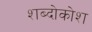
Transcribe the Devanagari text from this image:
शब्दोकोश